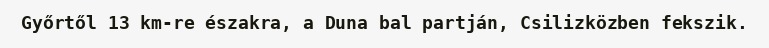
Győrtől 13 km-re északra, a Duna bal partján, Csilizközben fekszik.